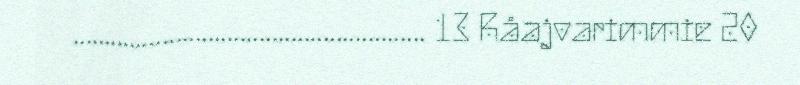
....................................................... 13 Råajvarimmie 20